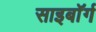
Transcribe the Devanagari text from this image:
साइबाॅर्ग